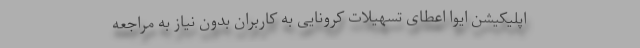
اپلیکیشن ایوا اعطای تسهیلات کرونایی به کاربران بدون نیاز به مراجعه